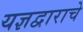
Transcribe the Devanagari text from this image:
यज्ञद्वाराचे